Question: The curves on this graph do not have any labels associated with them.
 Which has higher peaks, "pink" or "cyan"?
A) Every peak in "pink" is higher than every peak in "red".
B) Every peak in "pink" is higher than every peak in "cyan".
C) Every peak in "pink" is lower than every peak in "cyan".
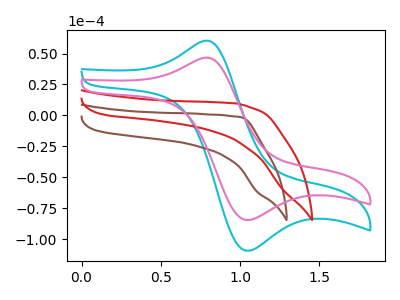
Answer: <think>The cyan curve "cyan" has an anodic peak at (0.75V, 60.10uA) and a cathodic peak at (1.05V, -109.40uA). The brown curve "brown" has no peaks. The red curve "red" has no peaks. The pink curve "pink" has an anodic peak at (0.75V, 46.45uA) and a cathodic peak at (1.05V, -84.55uA).</think>
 <answer>C) Every peak in "pink" is lower than every peak in "cyan".</answer>
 <eval>C</eval>